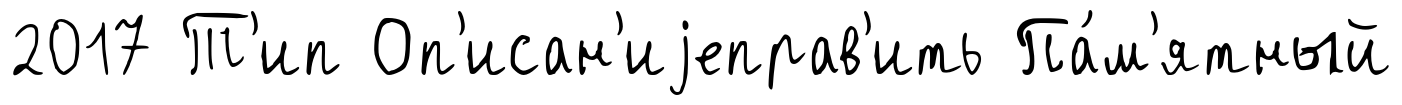
2017 Т'ип Оп'исан'иjеправ'ить Па́м'ятный